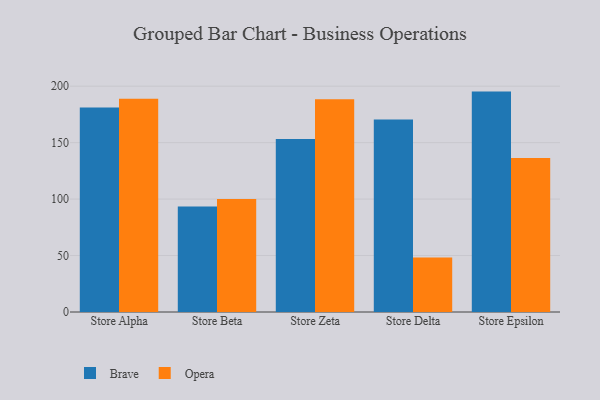
{"axis": {"x": "Store", "y": "Tickets Resolved"}, "legend": ["Brave", "Opera"], "data": [{"x": "Store Alpha", "y": 181.1, "type": "Brave"}, {"x": "Store Alpha", "y": 188.8, "type": "Opera"}, {"x": "Store Beta", "y": 93.5, "type": "Brave"}, {"x": "Store Beta", "y": 100.1, "type": "Opera"}, {"x": "Store Zeta", "y": 153.2, "type": "Brave"}, {"x": "Store Zeta", "y": 188.5, "type": "Opera"}, {"x": "Store Delta", "y": 170.4, "type": "Brave"}, {"x": "Store Delta", "y": 48.2, "type": "Opera"}, {"x": "Store Epsilon", "y": 195.2, "type": "Brave"}, {"x": "Store Epsilon", "y": 136.3, "type": "Opera"}]}